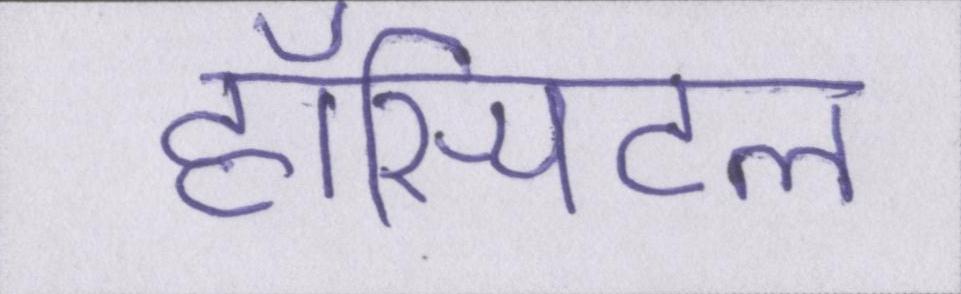
हॉस्पिटल